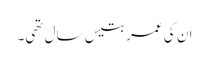
ان کی عمر بتیس سال تھی۔